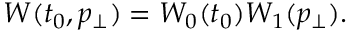
W ( t _ { 0 } , p _ { \bot } ) = W _ { 0 } ( t _ { 0 } ) W _ { 1 } ( p _ { \bot } ) .